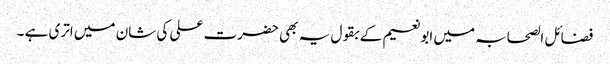
فضائل الصحابہ میں ابونعیم کے بقول یہ بھی حضرت علی کی شان میں اتری ہے ۔